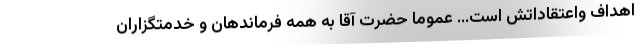
اهداف واعتقاداتش است... عموما حضرت آقا به همه فرماندهان و خدمتگزاران